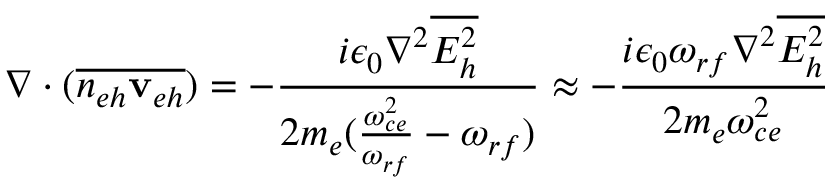
\nabla \cdot ( \overline { { n _ { e h } { { \bf v } _ { e h } } } } ) = - \frac { i \epsilon _ { 0 } \nabla ^ { 2 } \overline { { E _ { h } ^ { 2 } } } } { 2 m _ { e } ( \frac { \omega _ { c e } ^ { 2 } } { \omega _ { r f } } - \omega _ { r f } ) } \approx - \frac { i \epsilon _ { 0 } \omega _ { r f } \nabla ^ { 2 } \overline { { E _ { h } ^ { 2 } } } } { 2 m _ { e } \omega _ { c e } ^ { 2 } }